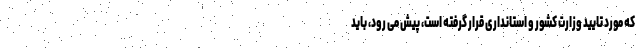
که مورد تایید وزارت کشور و استانداری قرار گرفته است، پیش می رود، باید